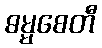
ဓမ္မစေတီ